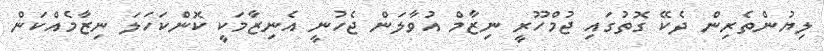
ލިޔުންތެރިން ދެކޭ ގޮތުގައި ޖުމްހޫރީ ނިޒާމް އުވާލަން ޖެހުނީ އެނިޒާމަކީ ކޮންކަހަލަ ނިޒާމެއްކަން